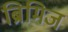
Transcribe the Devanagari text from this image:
ब्रिमिज